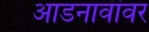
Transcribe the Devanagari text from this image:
आडनावांवर